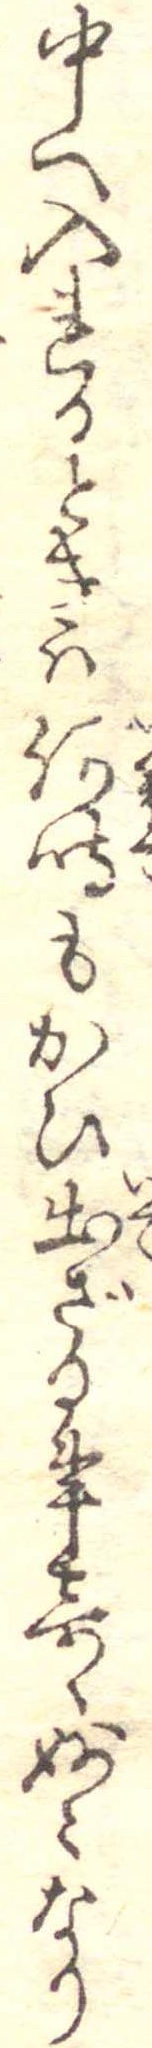
中へ入れるときは何時もかひ出ざる事奇妙なり